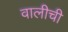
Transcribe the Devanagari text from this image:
वालीची